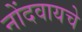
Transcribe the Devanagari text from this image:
नोंदवायचेे